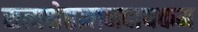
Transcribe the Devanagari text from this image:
सत्यश्रेष्ठज्ञानदायकम